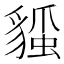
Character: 𧳻